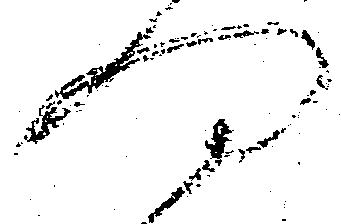
何